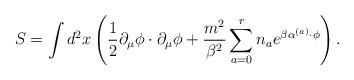
LaTeX: \begin{align*}S = \int d^2x\left(\frac{1}{2}\partial_\mu\phi\cdot\partial_\mu\phi+\frac{m^2}{\beta^2}\sum_{a=0}^r n_a e^{\beta \alpha^{(a)}\cdot\phi}\right).\end{align*}